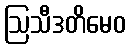
ဩသီဒတိမေဝ